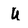
Character: u